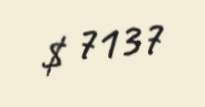
$ 7137